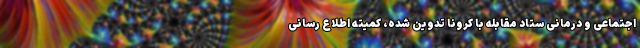
اجتماعی و درمانی ستاد مقابله با کرونا تدوین شده، کمیته اطلاع رسانی